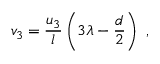
v _ { 3 } = \frac { u _ { 3 } } l \left( 3 \lambda - \frac { d } 2 \right) ~ ,